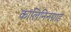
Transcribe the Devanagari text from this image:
कालिनिनग्राड